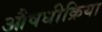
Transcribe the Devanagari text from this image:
औषधीक्रिया